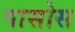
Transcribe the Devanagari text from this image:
पासोस